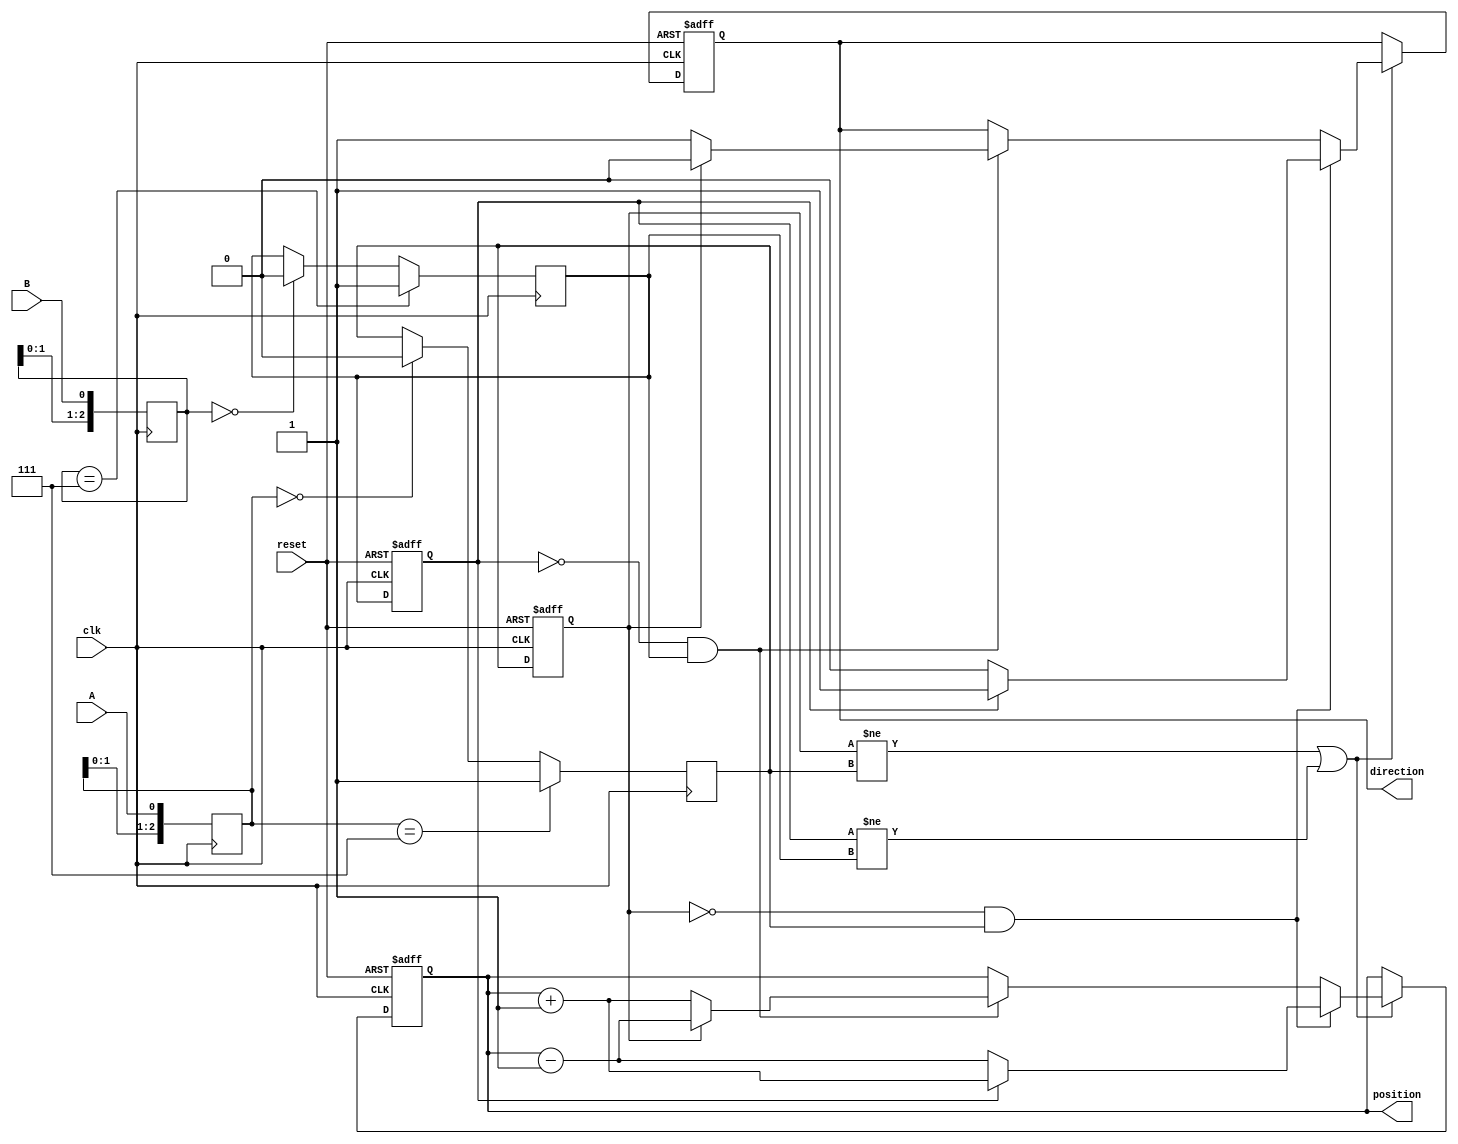
module rotary_encoder (
    input wire clk,          // Clock signal for synchronous operation
    input wire reset,        // Reset signal to set position to zero
    input wire A,           // Signal A from the rotary encoder
    input wire B,           // Signal B from the rotary encoder
    output reg [15:0] position, // 16-bit position counter
    output reg direction     // Direction signal: 1 for clockwise, 0 for counterclockwise
);

    reg A_prev, B_prev;     // Previous states of A and B
    reg [1:0] state;        // Current state of the encoder

    // Debouncing logic (simple)
    reg A_debounced, B_debounced;
    reg [2:0] A_sync, B_sync;

    always @(posedge clk) begin
        // Simple debouncing
        A_sync <= {A_sync[1:0], A};
        B_sync <= {B_sync[1:0], B};
        A_debounced <= (A_sync == 3'b111) ? 1 : (A_sync == 3'b000) ? 0 : A_debounced;
        B_debounced <= (B_sync == 3'b111) ? 1 : (B_sync == 3'b000) ? 0 : B_debounced;
    end

    // State detection and position counting
    always @(posedge clk or posedge reset) begin
        if (reset) begin
            position <= 16'b0; // Reset position to zero
            direction <= 1'b0; // Default direction
            A_prev <= 1'b0;    // Initialize previous states
            B_prev <= 1'b0;
        end else begin
            // Capture the previous states
            A_prev <= A_debounced;
            B_prev <= B_debounced;

            // Determine direction and update position
            if (A_prev != A_debounced || B_prev != B_debounced) begin
                if (A_prev == 0 && A_debounced == 1) begin // A rising edge
                    if (B_prev == 1) begin
                        position <= position + 1; // Clockwise
                        direction <= 1'b1;
                    end else begin
                        position <= position - 1; // Counterclockwise
                        direction <= 1'b0;
                    end
                end else if (B_prev == 0 && B_debounced == 1) begin // B rising edge
                    if (A_prev == 0) begin
                        position <= position + 1; // Clockwise
                        direction <= 1'b1;
                    end else begin
                        position <= position - 1; // Counterclockwise
                        direction <= 1'b0;
                    end
                end
            end
        end
    end

endmodule